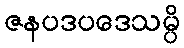
ဇနပဒပဒေသမ္ပိ